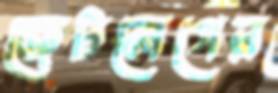
জেটলেগের